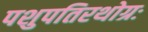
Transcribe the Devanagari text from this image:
पशुपतिरथोग्रः